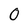
Character: 0